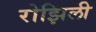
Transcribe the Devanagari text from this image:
रोझिली